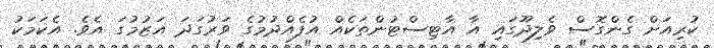
ކުރިއަށް ގެންގޮސް ވެލިދޫގައި އާ އާޓިސްޓުންތަކެއް އުފެެއްދުމުގެ ވަރުގަދަ އަޒުމުގަ އެވެ. އެކަމަކު